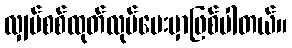
လျှပ်စစ်ထုတ်လုပ်ပေးမှာဖြစ်ပါတယ်။